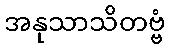
အနုသာသိတဗ္ဗံ